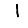
Digit: 1